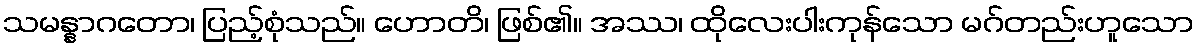
သမန္နာဂတော၊ ပြည့်စုံသည်။ ဟောတိ၊ ဖြစ်၏။ အဿ၊ ထိုလေးပါးကုန်သော မဂ်တည်းဟူသော